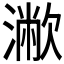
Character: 𣿁